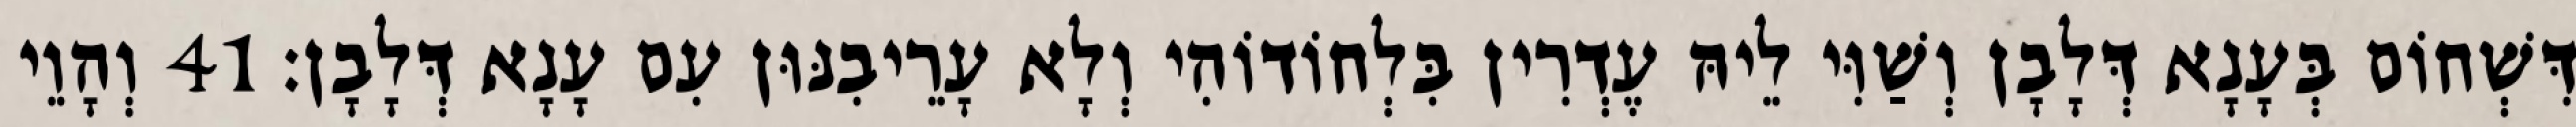
דִּשְׁחוֹם בְּעָנָא דְּלָבָן וְשַׁוִּי לֵיהּ עֶדְרִין בִּלְחוֹדוֹהִי וְלָא עָרֵיבִנּוּן עִם עָנָא דְּלָבָן׃ 41 וְהָוֵי